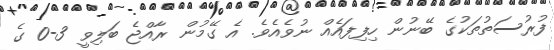
ފުރުސަތުތަކުގެ ބޭނުން ހިފިފައެއް ނުވެއެވެ. އެ ގޭމުން ރާއްޖެ ބަލިވީ 3-0 ގެ